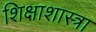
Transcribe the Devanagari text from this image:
शिक्षाशास्त्रा